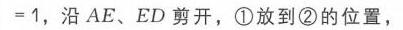
\( = 1\)，沿\(AE\)、\(ED\)剪开，\textcircled{1}放到\textcircled{2}的位置，